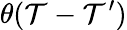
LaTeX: \theta(\mathcal{T}-\mathcal{T}^{\prime})